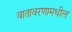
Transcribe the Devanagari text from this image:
वातावरणामधील